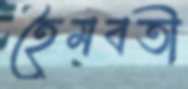
হৈমবতী